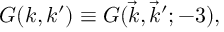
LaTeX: G ( k , k ^ { \prime } ) \equiv G ( \vec { k } , \vec { k } ^ { \prime } ; - 3 ) ,